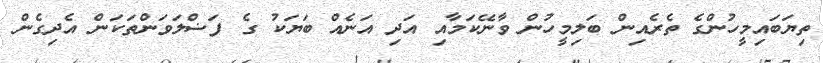
ތިޔަބައިމީހުންގެ ތެރެއިން ބަލިމީހުން ވާނޭކަމާއި އަދި އަނެއް ބަޔަކު ގެ ފަޟްލަވަންތަކަން އެދިގެން